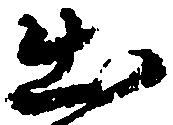
出